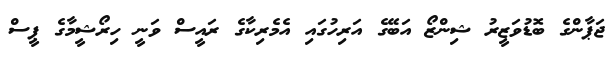
ޖަަޕާންގެ ބޮޑުވަޒީރު ޝިންޒޯ އަބޭގެ އަރިހުގައި އެމެރިކާގެ ރައީސް ވަނީ ހިރޯޝީމާގެ ޕީސް